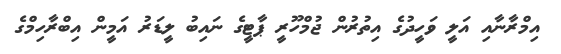
އިމްރާނާއި އަލީ ވަހީދުގެ އިތުރުން ޖުމްހޫރީ ޕާޓީގެ ނައިބު ލީޑަރު އަމީން އިބްރާހިމްގެ